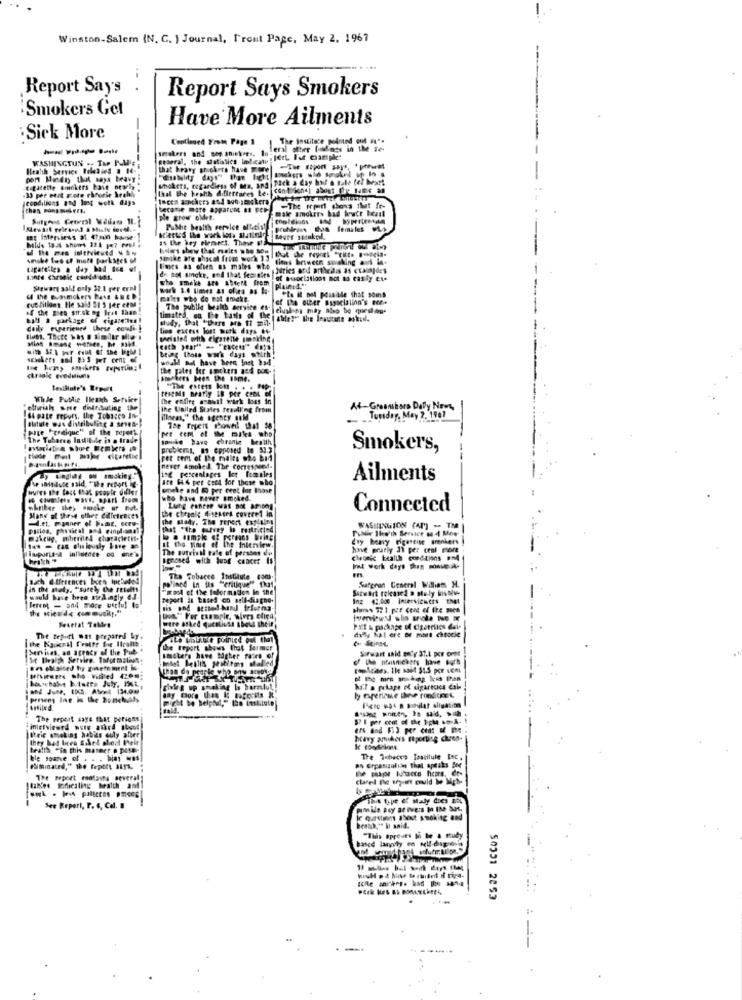
Winston-Salem (N. C. ) Journal, Front Page, May 2. 1967
Report Say's
Report Says Smokers
'Smokers Get
Have More Ailments
-
Sick More
----
lersi otter Dodnes in the se-
1.The Instituce pointed out w **
WASHINGTUN .. TuP POWER
geseral, the statistics indicaty : Iert Fot chample"
Health Service Poland . 14-
that heavy snickers have more
port Masde that says heavy!
smokers, regardless of Ma, and Pick a day hul a tale (el Meatt
33 per etst Fote chfurie beable "
Thal the heath difitttares bescond one) about fre me an
Iccodilluns Ind Ing wolk days
tuces senchers and non-smackero
became more apparent so vec-
make smokers bad lewte heart
ple grow oldet.
PuNie health service official
Mids to. shows 124 17 evel .
as the hey pleasezt. Those Al
Lover shako.
Boas show that melts who soit
Sintke are shacat frogs woch 15 but the report "(ite B-ccia-
smoke les of mote parkstes ol
fins between sureking ans in-
tigafelles a day bad ce of
times as ofien as males wto
Juries and antheidis as ccaosport
de. Bel smoke, and that femsite
who smoke are aberk from
of sociations not as casiy ete
Stewart solit only 37.1 pre erni
wark 3.0 times as ofina os lo-
plained"
malts who do not thicke.
of the other Bssocialino's non-
ets it not possible that some
cut Aillons He said 51 5 for else
of the goes str.ok og less than!
The public health service es-
Teluskins may also be queslou-
Bill & parkage of cigarettes !
study, that "there are ti mil-
daily ruptriquee these coule
Lion excess lost work days 66
cath year"
being thots work days which
would not have been lost bad
the pales for anchers ged pos-
sneakers been the same.
WhJe Publie Ileath Servier
The cofire anawil wirk loss in
"eltrial sme delnibuting the
the United States Teaulling from
Af-Greensboro Dally Now,
64 pate report, the Tobacco In-
suture was distribulite a senes-
illness," the agency gaM
Tuesday, May 2. 1967
Pite "creique" of the report
The Tubarce Indibude is a trade
sminke have chronie health
problems, as opposed to 53.3
Smokers,
Fee tem of the malts não bid
---
ing percentages ler females
never smoked. The correspon.
Laglig ou smoking."
are 644 per ceca for those who
Ailments
wures the fact that people diller
he andadose said, "the report -
smoke and 6 per cent for those
in countless ways, apart from
who have newr smoked.
the chruel Aistates covered in
Lung eantee was not among
Connected
-d.et. panner of Paint, cere-
Many of these other diffetrices
the Mlady. The Tener EarlLin
pacios, physical and cinghiamal
that "the survey Is restricted
WASHINGTON (AP) - TM
makeup, mhere4 characterit-
¿sy heavy rigerense amniers
The autrinal rafe of persses dis
It the timig of the interview.
sonosed with lung cancer Is
chronic health conditions and
The Tobacco Institute com.
Satpron General William H.
in the mely. "surely Che Fesons
"most of the foformadon In the
Sicwart released a suly involve
would have bres str&ingly dal-
Berent - and more berlu! to
report an based on self-diagno.
Inz 42,000 Incervicites that
Bis and sensed band frforma-
Setetat ToMars
wire asked questiuss shows theit
Low"For campie, wiers clica
dilly Sal ere or more cheocle
The Report wat Prepared by.
Servisas, an agency of the Pub +
the report shows (hat Sermer
Sirwart said en'y 37.1 per cent
St Ilvalth Servire. Toformaliun.
smokers have higher rates of
Bes eMaised hy government is
HIViewers the Vided 4200
and June, tICS. Abd 134,0%
Ching up smoking Is barmlu !!
ha'l a pakage of sigareces dale
The report says that perions
interviewrd nuts albrd sbest
freie smoking habits ouly alice
they had been Eskel sheet teit
htavy amikers Foporting chyen.
health, "in this manner . pose-
ble some of . . . bias was
The Tobacco Saatitule tec.
po Organizalian that aptals Bee
The report realairs several
|tables Sofiesling health and]
Tha type of staly does not
See Report, P. 6, Col. »
le questions about smoking and
ESSE ECCOS
based langty en wolf-dig isis
"This opreses lo be & study